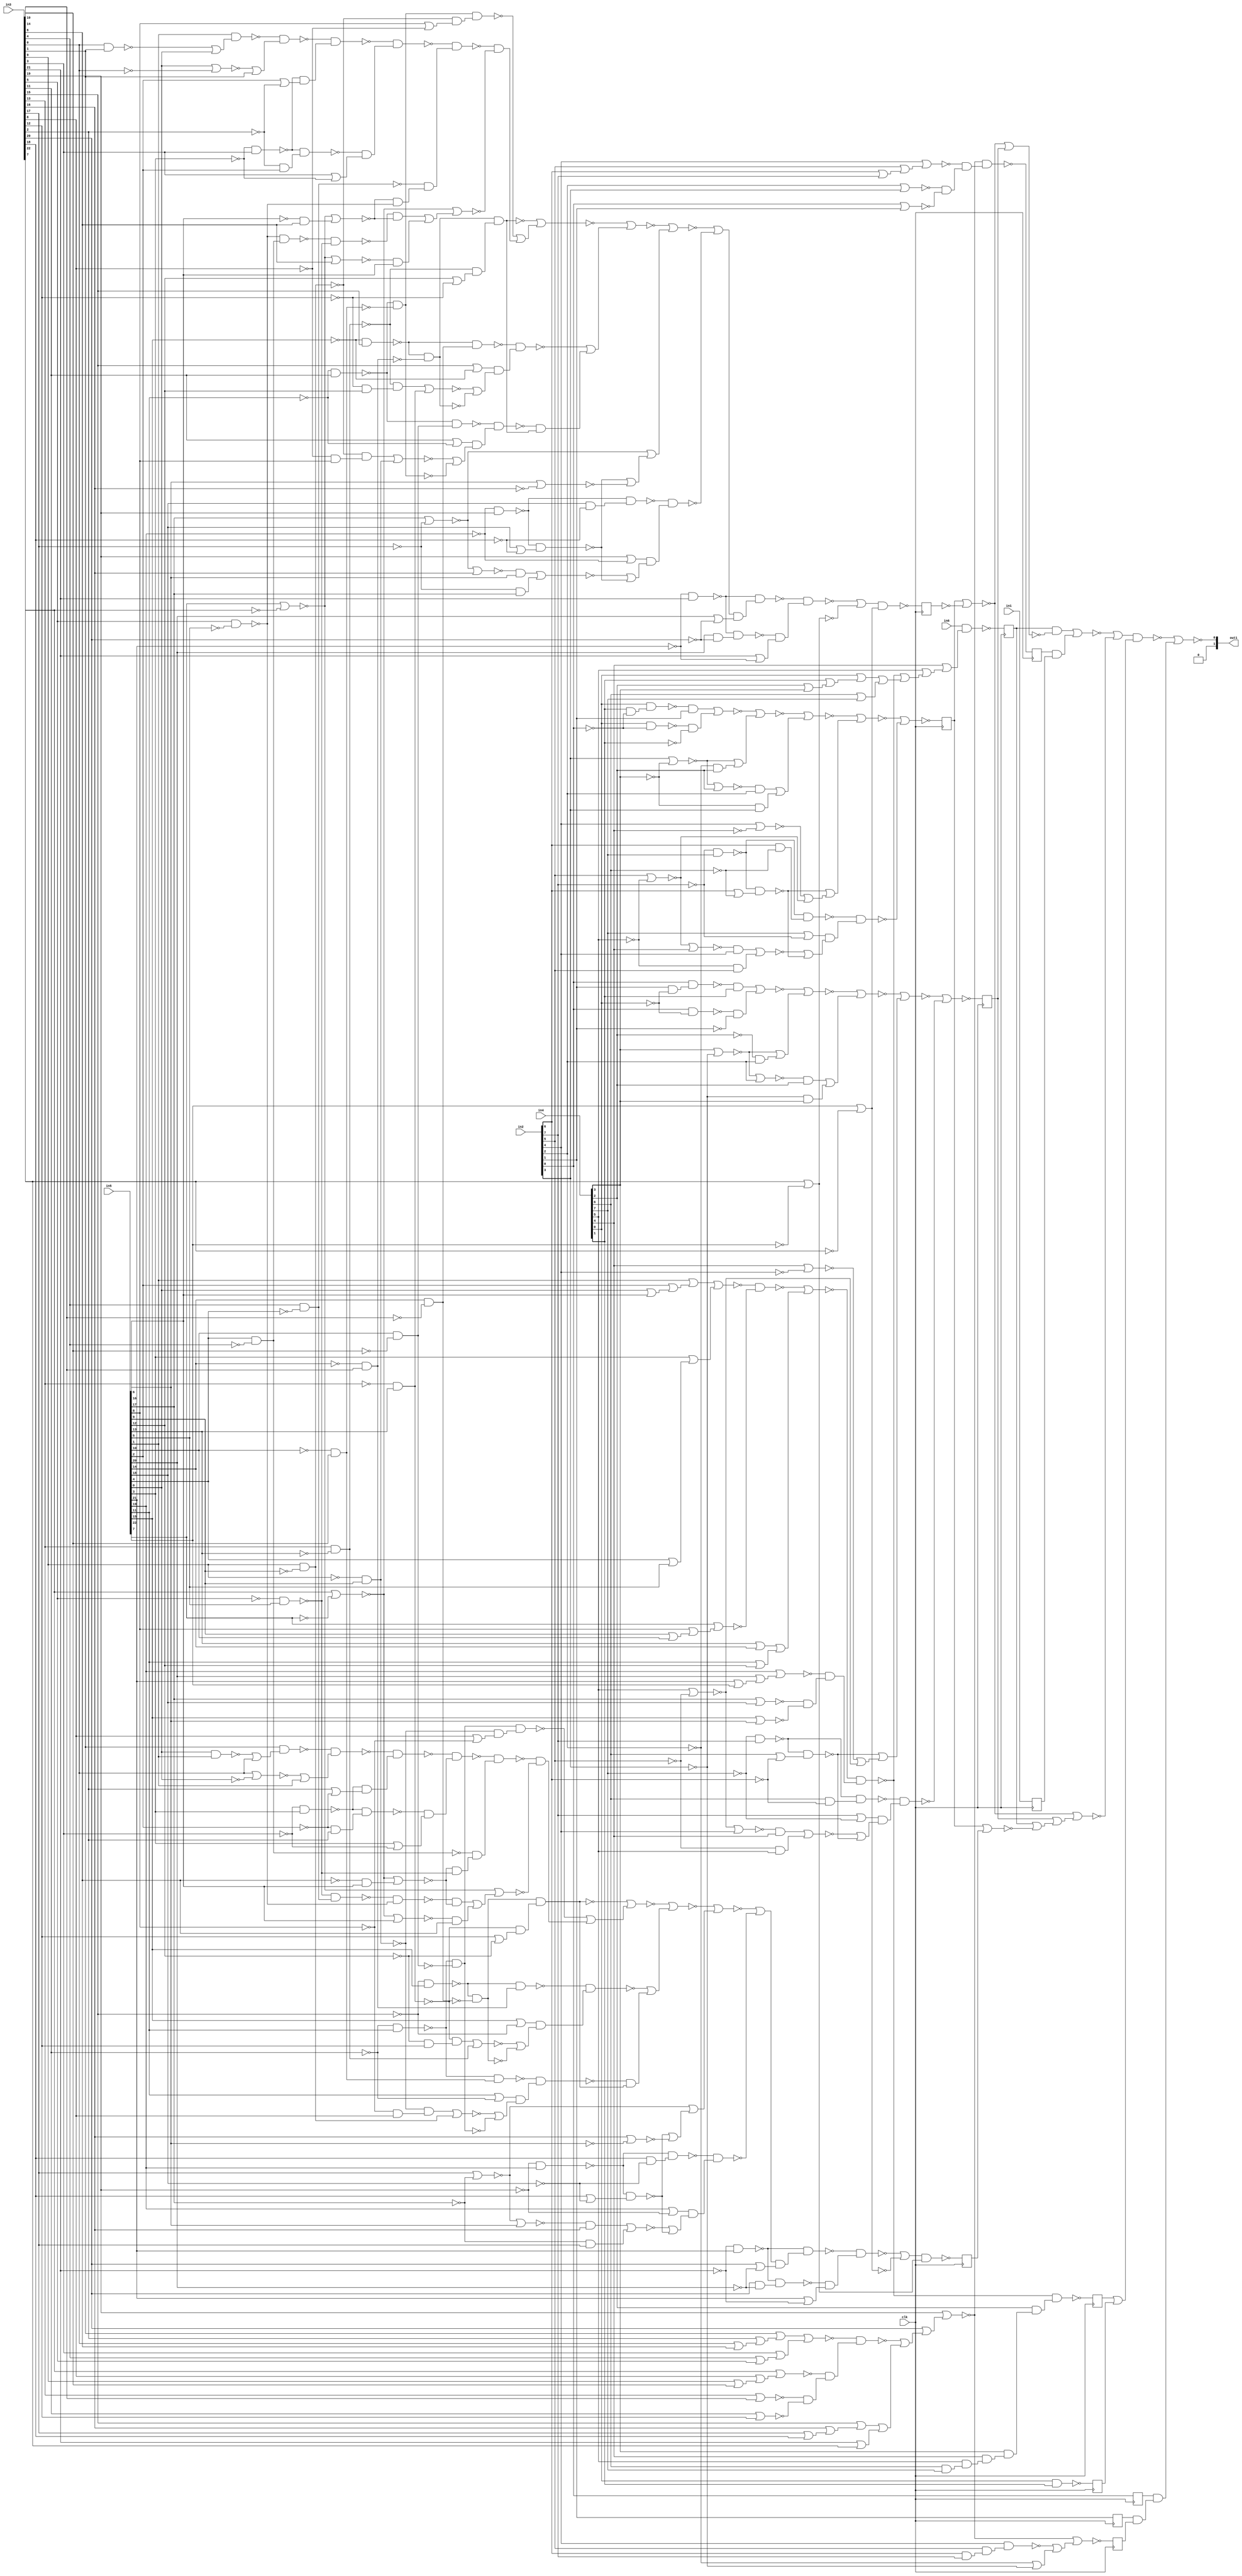
`timescale 1ps / 1ps
module fp_cmp_cynw_cm_float_ltle_4_1(
          in1,
          in2,
          in3,
          in4,
          in5,
          in6,
          out1,
          clk
);
   input in1;
   input [7:0] in2;
   input [22:0] in3;
   input [7:0] in4;
   input [22:0] in5;
   input in6;
   output [1:0] out1;
   input clk;
wire asc021, gt_90_21_n_0, gt_90_21_n_1, gt_90_21_n_2, gt_90_21_n_3,
     gt_90_21_n_4, gt_90_21_n_5, gt_90_21_n_6, gt_90_21_n_7, gt_90_21_n_8,
     gt_90_21_n_9, gt_90_21_n_10, gt_90_21_n_11, gt_90_21_n_12, gt_90_21_n_13,
     gt_90_21_n_14, gt_90_21_n_15, gt_90_21_n_16, gt_90_21_n_17, gt_90_21_n_18,
     gt_90_21_n_19, gt_90_21_n_20, gt_90_21_n_21, gt_92_21_n_0, gt_92_21_n_1,
     gt_92_21_n_2, gt_92_21_n_3, gt_92_21_n_4, gt_92_21_n_5, gt_92_21_n_6,
     gt_92_21_n_7, gt_92_21_n_8, gt_92_21_n_9, gt_92_21_n_10, gt_92_21_n_11,
     gt_92_21_n_12, gt_92_21_n_13, gt_92_21_n_14, gt_92_21_n_15, gt_92_21_n_16,
     gt_92_21_n_17, gt_92_21_n_18, gt_92_21_n_19, gt_92_21_n_20, gt_92_21_n_21,
     gt_94_21_n_0, gt_94_21_n_1, gt_94_21_n_2, gt_94_21_n_3, gt_94_21_n_4,
     gt_94_21_n_5, gt_94_21_n_6, gt_94_21_n_7, gt_94_21_n_8, gt_94_21_n_9,
     gt_94_21_n_10, gt_94_21_n_11, gt_94_21_n_12, gt_94_21_n_13, gt_94_21_n_14,
     gt_94_21_n_15, gt_94_21_n_16, gt_94_21_n_17, gt_94_21_n_18, gt_94_21_n_19,
     gt_94_21_n_20, gt_94_21_n_21, gt_94_21_n_22, gt_94_21_n_24, gt_94_21_n_25,
     gt_94_21_n_26, gt_94_21_n_27, gt_94_21_n_28, gt_94_21_n_29, gt_94_21_n_31,
     gt_94_21_n_32, gt_94_21_n_33, gt_94_21_n_34, gt_94_21_n_35, gt_94_21_n_36,
     gt_94_21_n_37, gt_94_21_n_38, gt_94_21_n_39, gt_94_21_n_40, gt_94_21_n_41,
     gt_94_21_n_42, gt_94_21_n_43, gt_94_21_n_44, gt_94_21_n_45, gt_94_21_n_46,
     gt_94_21_n_47, gt_94_21_n_48, gt_94_21_n_49, gt_94_21_n_50, gt_94_21_n_51,
     gt_94_21_n_52, gt_94_21_n_53, gt_94_21_n_54, gt_94_21_n_55, gt_94_21_n_56,
     gt_94_21_n_57, gt_94_21_n_58, gt_94_21_n_59, gt_94_21_n_60, gt_94_21_n_61,
     gt_94_21_n_62, gt_94_21_n_63, gt_94_21_n_64, gt_94_21_n_65, gt_94_21_n_66,
     gt_94_21_n_67, gt_94_21_n_68, gt_96_21_n_0, gt_96_21_n_1, gt_96_21_n_2,
     gt_96_21_n_3, gt_96_21_n_4, gt_96_21_n_5, gt_96_21_n_6, gt_96_21_n_7,
     gt_96_21_n_8, gt_96_21_n_9, gt_96_21_n_10, gt_96_21_n_11, gt_96_21_n_12,
     gt_96_21_n_13, gt_96_21_n_14, gt_96_21_n_15, gt_96_21_n_16, gt_96_21_n_17,
     gt_96_21_n_18, gt_96_21_n_19, gt_96_21_n_20, gt_96_21_n_21, gt_96_21_n_22,
     gt_96_21_n_24, gt_96_21_n_25, gt_96_21_n_26, gt_96_21_n_27, gt_96_21_n_28,
     gt_96_21_n_29, gt_96_21_n_31, gt_96_21_n_32, gt_96_21_n_33, gt_96_21_n_34,
     gt_96_21_n_35, gt_96_21_n_36, gt_96_21_n_37, gt_96_21_n_38, gt_96_21_n_39,
     gt_96_21_n_40, gt_96_21_n_41, gt_96_21_n_42, gt_96_21_n_43, gt_96_21_n_44,
     gt_96_21_n_45, gt_96_21_n_46, gt_96_21_n_47, gt_96_21_n_48, gt_96_21_n_49,
     gt_96_21_n_50, gt_96_21_n_51, gt_96_21_n_52, gt_96_21_n_53, gt_96_21_n_54,
     gt_96_21_n_55, gt_96_21_n_56, gt_96_21_n_57, gt_96_21_n_58, gt_96_21_n_59,
     gt_96_21_n_60, gt_96_21_n_61, gt_96_21_n_62, gt_96_21_n_63, gt_96_21_n_64,
     gt_96_21_n_65, gt_96_21_n_66, gt_96_21_n_67, gt_96_21_n_68, n_1, n_2, n_3,
     n_4, n_5, n_6, n_7, n_8, n_9, n_10, n_11, n_12, clk, in6, in1, n_16, n_17,
     n_18, n_19, n_20, n_21, n_22, n_23, n_24, n_25, n_26, n_27, n_28, n_29,
     n_30, n_31, n_32, n_33, n_34, n_35, n_36, n_37, n_38, n_39, n_40, n_41,
     n_42, n_43, n_44, n_45, n_46, n_48, n_49, n_50, n_51, n_52, n_53, n_54,
     n_55, n_56, n_57, n_58, n_59;
assign {out1[0]} = asc021;
 reg retime_s1_1_reg_reg_N30;
 always @(posedge clk)
         retime_s1_1_reg_reg_N30 <= n_17;
 assign n_12 = retime_s1_1_reg_reg_N30;
 reg retime_s1_6_reg_reg_N30;
 always @(posedge clk)
         retime_s1_6_reg_reg_N30 <= n_24;
 assign n_7 = retime_s1_6_reg_reg_N30;
 reg retime_s1_7_reg_reg_N30;
 always @(posedge clk)
         retime_s1_7_reg_reg_N30 <= n_19;
 assign n_6 = retime_s1_7_reg_reg_N30;
 reg retime_s1_8_reg_reg_N30;
 always @(posedge clk)
         retime_s1_8_reg_reg_N30 <= n_18;
 assign n_5 = retime_s1_8_reg_reg_N30;
 reg retime_s1_9_reg_reg_N30;
 always @(posedge clk)
         retime_s1_9_reg_reg_N30 <= {in2[1]};
 assign n_4 = retime_s1_9_reg_reg_N30;
 reg retime_s1_10_reg_reg_N30;
 always @(posedge clk)
         retime_s1_10_reg_reg_N30 <= {in2[0]};
 assign n_3 = retime_s1_10_reg_reg_N30;
 reg retime_s1_11_reg_reg_N30;
 always @(posedge clk)
         retime_s1_11_reg_reg_N30 <= n_50;
 assign n_2 = retime_s1_11_reg_reg_N30;
 reg retime_s1_12_reg_reg_N30;
 always @(posedge clk)
         retime_s1_12_reg_reg_N30 <= in1;
 assign n_1 = retime_s1_12_reg_reg_N30;
 reg retime_s1_5_reg_reg_N30;
 always @(posedge clk)
         retime_s1_5_reg_reg_N30 <= n_25;
 assign n_8 = retime_s1_5_reg_reg_N30;
 reg retime_s1_2_reg_reg_N30;
 always @(posedge clk)
         retime_s1_2_reg_reg_N30 <= n_16;
 assign n_11 = retime_s1_2_reg_reg_N30;
 reg retime_s1_3_reg_reg_N30;
 always @(posedge clk)
         retime_s1_3_reg_reg_N30 <= n_23;
 assign n_10 = retime_s1_3_reg_reg_N30;
 reg retime_s1_4_reg_reg_N30;
 always @(posedge clk)
         retime_s1_4_reg_reg_N30 <= n_26;
 assign n_9 = retime_s1_4_reg_reg_N30;
 assign asc021 = ~(n_20 | (n_3 & (n_4 & n_9)));
 assign n_20 = ~((n_21 | n_22) & (n_8 | n_2));
 assign n_21 = ~((n_10 & n_42) | (n_7 & n_1));
 assign n_22 = ~(n_48 | (n_11 | (n_10 | n_57)));
 assign n_23 = ~(in6 & ({in4[4]} | ({in4[5]} | n_27)));
 assign n_24 = ~(n_28 & (n_40 & (n_51 & n_54)));
 assign n_25 = ~(n_29 & ({in4[2]} & ({in4[3]} & ~n_39)));
 assign n_26 = ~(n_28 | (n_38 | (~{in2[2]} | ~{in2[3]})));
 assign n_27 = (n_29 | (n_41 | ({in4[6]} | {in4[7]})));
 assign n_28 = ~({in3[19]} | ({in3[20]} | ~n_30));
 assign n_29 = ~(n_32 & (n_44 & (n_55 & n_52)));
 assign n_30 = ~(n_31 | (n_46 | ({in3[21]} | {in3[22]})));
 assign n_31 = ~(n_34 & (n_45 & (n_53 & n_49)));
 assign n_32 = ~(n_33 | (n_56 | ({in5[11]} | {in5[12]})));
 assign n_33 = ~(n_35 & n_43);
 assign n_34 = ~(n_37 | ({in3[3]} | ({in3[4]} | {in3[5]})));
 assign n_35 = ~(n_36 | ({in5[3]} | ({in5[4]} | {in5[5]})));
 assign n_36 = ({in5[1]} | ({in5[2]} | ({in5[0]} | {in5[6]})));
 assign n_37 = ({in3[1]} | ({in3[2]} | ({in3[0]} | {in3[6]})));
 assign n_38 = ~({in2[4]} & ({in2[5]} & ({in2[6]} & {in2[7]})));
 assign n_39 = ~({in4[4]} & ({in4[5]} & ({in4[6]} & {in4[7]})));
 assign n_40 = ~({in2[4]} | ({in2[5]} | ({in2[6]} | {in2[7]})));
 assign n_41 = ({in4[0]} | ({in4[1]} | ({in4[2]} | {in4[3]})));
 assign n_42 = ~(n_48 | n_11);
 assign n_43 = ~({in5[7]} | ({in5[8]} | ({in5[9]} | {in5[10]})));
 assign n_44 = ~({in5[19]} | ({in5[20]} | ({in5[21]} | {in5[22]})));
 assign n_45 = ~({in3[7]} | ({in3[8]} | ({in3[9]} | {in3[10]})));
 assign n_46 = ({in3[15]} | ({in3[16]} | ({in3[17]} | {in3[18]})));
 assign n_48 = ~(n_12 | ~n_5);
 assign n_49 = ~({in3[11]} | {in3[12]});
 assign n_50 = ~({in4[0]} & {in4[1]});
 assign n_51 = ~({in2[2]} | {in2[3]});
 assign n_52 = ~({in5[15]} | {in5[16]});
 assign n_53 = ~({in3[13]} | {in3[14]});
 assign n_54 = ~({in2[0]} | {in2[1]});
 assign n_55 = ~({in5[17]} | {in5[18]});
 assign n_56 = ({in5[13]} | {in5[14]});
 assign n_16 = ~(gt_90_21_n_21 | gt_90_21_n_19);
 assign gt_90_21_n_21 = ~(gt_90_21_n_20 | (gt_90_21_n_11 | (gt_90_21_n_7 | gt_90_21_n_9)));
 assign gt_90_21_n_20 = ~(gt_90_21_n_18 | ((gt_90_21_n_13 & {in4[2]}) | (gt_90_21_n_5 & {in4[3]})));
 assign gt_90_21_n_19 = ~(gt_90_21_n_15 & (({in2[7]} | gt_90_21_n_4) & (gt_90_21_n_16 | gt_90_21_n_11)));
 assign gt_90_21_n_18 = ~(gt_90_21_n_17 | (gt_90_21_n_10 | (gt_90_21_n_3 & {in2[2]})));
 assign gt_90_21_n_17 = ~((gt_90_21_n_12 & {in4[1]}) | (gt_90_21_n_8 & gt_90_21_n_2));
 assign gt_90_21_n_16 = ~((gt_90_21_n_14 & {in4[4]}) | (gt_90_21_n_1 & {in4[5]}));
 assign gt_90_21_n_15 = ~(gt_90_21_n_6 & ({in4[6]} & ~{in2[6]}));
 assign gt_90_21_n_14 = ~(gt_90_21_n_9 | {in2[4]});
 assign gt_90_21_n_13 = ~(gt_90_21_n_10 | {in2[2]});
 assign gt_90_21_n_12 = ~({in2[0]} & ({in2[1]} & ~{in4[0]}));
 assign gt_90_21_n_11 = ~(gt_90_21_n_6 & ({in4[6]} | gt_90_21_n_0));
 assign gt_90_21_n_10 = ~({in4[3]} | gt_90_21_n_5);
 assign gt_90_21_n_9 = ~({in4[5]} | gt_90_21_n_1);
 assign gt_90_21_n_8 = ~({in2[0]} & ~{in4[0]});
 assign gt_90_21_n_7 = ~({in4[4]} | ~{in2[4]});
 assign gt_90_21_n_6 = ~(gt_90_21_n_4 & {in2[7]});
 assign gt_90_21_n_5 = ~{in2[3]};
 assign gt_90_21_n_4 = ~{in4[7]};
 assign gt_90_21_n_3 = ~{in4[2]};
 assign gt_90_21_n_2 = ~{in2[1]};
 assign gt_90_21_n_1 = ~{in2[5]};
 assign gt_90_21_n_0 = ~{in2[6]};
 assign n_17 = ~(gt_92_21_n_21 | gt_92_21_n_19);
 assign gt_92_21_n_21 = ~(gt_92_21_n_20 | (gt_92_21_n_11 | (gt_92_21_n_7 | gt_92_21_n_9)));
 assign gt_92_21_n_20 = ~(gt_92_21_n_18 | ((gt_92_21_n_13 & {in2[2]}) | (gt_92_21_n_5 & {in2[3]})));
 assign gt_92_21_n_19 = ~(gt_92_21_n_15 & (({in4[7]} | gt_92_21_n_4) & (gt_92_21_n_16 | gt_92_21_n_11)));
 assign gt_92_21_n_18 = ~(gt_92_21_n_17 | (gt_92_21_n_10 | (gt_92_21_n_3 & {in4[2]})));
 assign gt_92_21_n_17 = ~((gt_92_21_n_12 & {in2[1]}) | (gt_92_21_n_8 & gt_92_21_n_2));
 assign gt_92_21_n_16 = ~((gt_92_21_n_14 & {in2[4]}) | (gt_92_21_n_1 & {in2[5]}));
 assign gt_92_21_n_15 = ~(gt_92_21_n_6 & ({in2[6]} & ~{in4[6]}));
 assign gt_92_21_n_14 = ~(gt_92_21_n_9 | {in4[4]});
 assign gt_92_21_n_13 = ~(gt_92_21_n_10 | {in4[2]});
 assign gt_92_21_n_12 = ~({in4[0]} & ({in4[1]} & ~{in2[0]}));
 assign gt_92_21_n_11 = ~(gt_92_21_n_6 & ({in2[6]} | gt_92_21_n_0));
 assign gt_92_21_n_10 = ~({in2[3]} | gt_92_21_n_5);
 assign gt_92_21_n_9 = ~({in2[5]} | gt_92_21_n_1);
 assign gt_92_21_n_8 = ~({in4[0]} & ~{in2[0]});
 assign gt_92_21_n_7 = ~({in2[4]} | ~{in4[4]});
 assign gt_92_21_n_6 = ~(gt_92_21_n_4 & {in4[7]});
 assign gt_92_21_n_5 = ~{in4[3]};
 assign gt_92_21_n_4 = ~{in2[7]};
 assign gt_92_21_n_3 = ~{in2[2]};
 assign gt_92_21_n_2 = ~{in4[1]};
 assign gt_92_21_n_1 = ~{in4[5]};
 assign gt_92_21_n_0 = ~{in4[6]};
 assign n_18 = ~((gt_94_21_n_68 | gt_94_21_n_18) & ({in5[22]} | gt_94_21_n_7));
 assign gt_94_21_n_68 = ~(gt_94_21_n_67 & (gt_94_21_n_45 & ({in3[21]} | gt_94_21_n_2)));
 assign gt_94_21_n_67 = ~(gt_94_21_n_25 & ((gt_94_21_n_66 | gt_94_21_n_60) & ({in5[20]} | gt_94_21_n_6)));
 assign gt_94_21_n_66 = ~(gt_94_21_n_65 | (gt_94_21_n_31 | (gt_94_21_n_39 | gt_94_21_n_27)));
 assign gt_94_21_n_65 = ~(gt_94_21_n_64 | (gt_94_21_n_59 | (gt_94_21_n_61 & gt_94_21_n_51)));
 assign gt_94_21_n_64 = ~(gt_94_21_n_50 | (gt_94_21_n_49 | (gt_94_21_n_63 & gt_94_21_n_58)));
 assign gt_94_21_n_63 = ~(gt_94_21_n_62 & (gt_94_21_n_28 & (gt_94_21_n_34 & gt_94_21_n_22)));
 assign gt_94_21_n_62 = ~(gt_94_21_n_57 & (gt_94_21_n_46 & ({in3[3]} | gt_94_21_n_16)));
 assign gt_94_21_n_61 = ~(gt_94_21_n_47 & (({in3[11]} | gt_94_21_n_10) & (gt_94_21_n_54 | gt_94_21_n_37)));
 assign gt_94_21_n_60 = ~(gt_94_21_n_43 & (({in3[19]} | gt_94_21_n_1) & (gt_94_21_n_55 | gt_94_21_n_39)));
 assign gt_94_21_n_59 = ~(gt_94_21_n_44 & (({in3[15]} | gt_94_21_n_13) & (gt_94_21_n_53 | gt_94_21_n_35)));
 assign gt_94_21_n_58 = ~(n_58 | ((gt_94_21_n_52 & gt_94_21_n_34) | (gt_94_21_n_40 & {in5[6]})));
 assign gt_94_21_n_57 = ~(gt_94_21_n_56 & (gt_94_21_n_32 & ({in5[2]} | gt_94_21_n_17)));
 assign gt_94_21_n_56 = ~(gt_94_21_n_48 & (gt_94_21_n_29 | {in3[1]}));
 assign gt_94_21_n_55 = ~((gt_94_21_n_41 & {in5[16]}) | (gt_94_21_n_4 & {in5[17]}));
 assign gt_94_21_n_54 = ~((gt_94_21_n_33 & (gt_94_21_n_8 & {in5[8]})) | (gt_94_21_n_12 & {in5[9]}));
 assign gt_94_21_n_53 = ~((gt_94_21_n_19 & (gt_94_21_n_11 & {in5[12]})) | (gt_94_21_n_0 & {in5[13]}));
 assign gt_94_21_n_52 = ~(gt_94_21_n_42 & ~(gt_94_21_n_3 & {in5[5]}));
 assign gt_94_21_n_51 = ~gt_94_21_n_50;
 assign gt_94_21_n_50 = ~(gt_94_21_n_36 & (gt_94_21_n_19 & ({in5[12]} | gt_94_21_n_11)));
 assign gt_94_21_n_49 = ~(gt_94_21_n_38 & (gt_94_21_n_33 & ({in5[8]} | gt_94_21_n_8)));
 assign gt_94_21_n_48 = ~({in5[1]} & (gt_94_21_n_26 | {in5[0]}));
 assign gt_94_21_n_47 = ~(gt_94_21_n_21 & ({in5[10]} & ~{in3[10]}));
 assign gt_94_21_n_46 = ~(gt_94_21_n_32 & (gt_94_21_n_17 & {in5[2]}));
 assign gt_94_21_n_45 = ~(gt_94_21_n_25 & ({in5[20]} & ~{in3[20]}));
 assign gt_94_21_n_44 = ~(gt_94_21_n_20 & ({in5[14]} & ~{in3[14]}));
 assign gt_94_21_n_43 = ~(gt_94_21_n_24 & ({in5[18]} & ~{in3[18]}));
 assign gt_94_21_n_42 = ~(gt_94_21_n_22 & ({in5[4]} & ~{in3[4]}));
 assign gt_94_21_n_41 = ~(gt_94_21_n_31 | {in3[16]});
 assign gt_94_21_n_40 = ~(n_59 | {in3[6]});
 assign gt_94_21_n_39 = ~(gt_94_21_n_24 & ({in5[18]} | gt_94_21_n_9));
 assign gt_94_21_n_38 = ~gt_94_21_n_37;
 assign gt_94_21_n_37 = ~(gt_94_21_n_21 & ~(gt_94_21_n_5 & {in3[10]}));
 assign gt_94_21_n_36 = ~gt_94_21_n_35;
 assign gt_94_21_n_35 = ~(gt_94_21_n_20 & ~(gt_94_21_n_14 & {in3[14]}));
 assign gt_94_21_n_34 = ~(n_59 | (gt_94_21_n_15 & {in3[6]}));
 assign gt_94_21_n_29 = ~({in5[0]} | ~{in3[0]});
 assign gt_94_21_n_28 = ~({in3[4]} & ~{in5[4]});
 assign gt_94_21_n_27 = ~({in5[16]} | ~{in3[16]});
 assign gt_94_21_n_26 = ~({in3[0]} & {in3[1]});
 assign gt_94_21_n_33 = ~({in3[9]} & ~{in5[9]});
 assign gt_94_21_n_32 = ~(gt_94_21_n_16 & {in3[3]});
 assign gt_94_21_n_31 = ~({in5[17]} | gt_94_21_n_4);
 assign gt_94_21_n_18 = ~({in3[22]} | ~{in5[22]});
 assign gt_94_21_n_25 = ~(gt_94_21_n_2 & {in3[21]});
 assign gt_94_21_n_24 = ~(gt_94_21_n_1 & {in3[19]});
 assign gt_94_21_n_22 = ~({in3[5]} & ~{in5[5]});
 assign gt_94_21_n_21 = ~(gt_94_21_n_10 & {in3[11]});
 assign gt_94_21_n_20 = ~(gt_94_21_n_13 & {in3[15]});
 assign gt_94_21_n_19 = ~({in3[13]} & ~{in5[13]});
 assign gt_94_21_n_17 = ~{in3[2]};
 assign gt_94_21_n_16 = ~{in5[3]};
 assign gt_94_21_n_15 = ~{in5[6]};
 assign gt_94_21_n_14 = ~{in5[14]};
 assign gt_94_21_n_13 = ~{in5[15]};
 assign gt_94_21_n_12 = ~{in3[9]};
 assign gt_94_21_n_11 = ~{in3[12]};
 assign gt_94_21_n_10 = ~{in5[11]};
 assign gt_94_21_n_9 = ~{in3[18]};
 assign gt_94_21_n_8 = ~{in3[8]};
 assign gt_94_21_n_7 = ~{in3[22]};
 assign gt_94_21_n_6 = ~{in3[20]};
 assign gt_94_21_n_5 = ~{in5[10]};
 assign gt_94_21_n_4 = ~{in3[17]};
 assign gt_94_21_n_3 = ~{in3[5]};
 assign gt_94_21_n_2 = ~{in5[21]};
 assign gt_94_21_n_1 = ~{in5[19]};
 assign gt_94_21_n_0 = ~{in3[13]};
 assign n_19 = ~((gt_96_21_n_68 | gt_96_21_n_18) & ({in3[22]} | gt_96_21_n_7));
 assign gt_96_21_n_68 = ~(gt_96_21_n_67 & (gt_96_21_n_45 & ({in5[21]} | gt_96_21_n_2)));
 assign gt_96_21_n_67 = ~(gt_96_21_n_25 & ((gt_96_21_n_66 | gt_96_21_n_60) & ({in3[20]} | gt_96_21_n_6)));
 assign gt_96_21_n_66 = ~(gt_96_21_n_65 | (gt_96_21_n_31 | (gt_96_21_n_39 | gt_96_21_n_27)));
 assign gt_96_21_n_65 = ~(gt_96_21_n_64 | (gt_96_21_n_59 | (gt_96_21_n_61 & gt_96_21_n_51)));
 assign gt_96_21_n_64 = ~(gt_96_21_n_50 | (gt_96_21_n_49 | (gt_96_21_n_63 & gt_96_21_n_58)));
 assign gt_96_21_n_63 = ~(gt_96_21_n_62 & (gt_96_21_n_28 & (gt_96_21_n_34 & gt_96_21_n_22)));
 assign gt_96_21_n_62 = ~(gt_96_21_n_57 & (gt_96_21_n_46 & ({in5[3]} | gt_96_21_n_16)));
 assign gt_96_21_n_61 = ~(gt_96_21_n_47 & (({in5[11]} | gt_96_21_n_10) & (gt_96_21_n_54 | gt_96_21_n_37)));
 assign gt_96_21_n_60 = ~(gt_96_21_n_43 & (({in5[19]} | gt_96_21_n_1) & (gt_96_21_n_55 | gt_96_21_n_39)));
 assign gt_96_21_n_59 = ~(gt_96_21_n_44 & (({in5[15]} | gt_96_21_n_13) & (gt_96_21_n_53 | gt_96_21_n_35)));
 assign gt_96_21_n_58 = ~(n_59 | ((gt_96_21_n_52 & gt_96_21_n_34) | (gt_96_21_n_40 & {in3[6]})));
 assign gt_96_21_n_57 = ~(gt_96_21_n_56 & (gt_96_21_n_32 & ({in3[2]} | gt_96_21_n_17)));
 assign gt_96_21_n_56 = ~(gt_96_21_n_48 & (gt_96_21_n_29 | {in5[1]}));
 assign gt_96_21_n_55 = ~((gt_96_21_n_41 & {in3[16]}) | (gt_96_21_n_4 & {in3[17]}));
 assign gt_96_21_n_54 = ~((gt_96_21_n_33 & (gt_96_21_n_8 & {in3[8]})) | (gt_96_21_n_12 & {in3[9]}));
 assign gt_96_21_n_53 = ~((gt_96_21_n_19 & (gt_96_21_n_11 & {in3[12]})) | (gt_96_21_n_0 & {in3[13]}));
 assign gt_96_21_n_52 = ~(gt_96_21_n_42 & ~(gt_96_21_n_3 & {in3[5]}));
 assign gt_96_21_n_51 = ~gt_96_21_n_50;
 assign gt_96_21_n_50 = ~(gt_96_21_n_36 & (gt_96_21_n_19 & ({in3[12]} | gt_96_21_n_11)));
 assign gt_96_21_n_49 = ~(gt_96_21_n_38 & (gt_96_21_n_33 & ({in3[8]} | gt_96_21_n_8)));
 assign gt_96_21_n_48 = ~({in3[1]} & (gt_96_21_n_26 | {in3[0]}));
 assign gt_96_21_n_47 = ~(gt_96_21_n_21 & ({in3[10]} & ~{in5[10]}));
 assign gt_96_21_n_46 = ~(gt_96_21_n_32 & (gt_96_21_n_17 & {in3[2]}));
 assign gt_96_21_n_45 = ~(gt_96_21_n_25 & ({in3[20]} & ~{in5[20]}));
 assign gt_96_21_n_44 = ~(gt_96_21_n_20 & ({in3[14]} & ~{in5[14]}));
 assign gt_96_21_n_43 = ~(gt_96_21_n_24 & ({in3[18]} & ~{in5[18]}));
 assign gt_96_21_n_42 = ~(gt_96_21_n_22 & ({in3[4]} & ~{in5[4]}));
 assign gt_96_21_n_41 = ~(gt_96_21_n_31 | {in5[16]});
 assign gt_96_21_n_40 = ~(n_58 | {in5[6]});
 assign gt_96_21_n_39 = ~(gt_96_21_n_24 & ({in3[18]} | gt_96_21_n_9));
 assign gt_96_21_n_38 = ~gt_96_21_n_37;
 assign gt_96_21_n_37 = ~(gt_96_21_n_21 & ~(gt_96_21_n_5 & {in5[10]}));
 assign gt_96_21_n_36 = ~gt_96_21_n_35;
 assign gt_96_21_n_35 = ~(gt_96_21_n_20 & ~(gt_96_21_n_14 & {in5[14]}));
 assign gt_96_21_n_34 = ~(n_58 | (gt_96_21_n_15 & {in5[6]}));
 assign gt_96_21_n_29 = ~({in3[0]} | ~{in5[0]});
 assign gt_96_21_n_28 = ~({in5[4]} & ~{in3[4]});
 assign gt_96_21_n_27 = ~({in3[16]} | ~{in5[16]});
 assign gt_96_21_n_26 = ~({in5[0]} & {in5[1]});
 assign gt_96_21_n_33 = ~({in5[9]} & ~{in3[9]});
 assign gt_96_21_n_32 = ~(gt_96_21_n_16 & {in5[3]});
 assign gt_96_21_n_31 = ~({in3[17]} | gt_96_21_n_4);
 assign gt_96_21_n_18 = ~({in5[22]} | ~{in3[22]});
 assign gt_96_21_n_25 = ~(gt_96_21_n_2 & {in5[21]});
 assign gt_96_21_n_24 = ~(gt_96_21_n_1 & {in5[19]});
 assign gt_96_21_n_22 = ~({in5[5]} & ~{in3[5]});
 assign gt_96_21_n_21 = ~(gt_96_21_n_10 & {in5[11]});
 assign gt_96_21_n_20 = ~(gt_96_21_n_13 & {in5[15]});
 assign gt_96_21_n_19 = ~({in5[13]} & ~{in3[13]});
 assign gt_96_21_n_17 = ~{in5[2]};
 assign gt_96_21_n_16 = ~{in3[3]};
 assign gt_96_21_n_15 = ~{in3[6]};
 assign gt_96_21_n_14 = ~{in3[14]};
 assign gt_96_21_n_13 = ~{in3[15]};
 assign gt_96_21_n_12 = ~{in5[9]};
 assign gt_96_21_n_11 = ~{in5[12]};
 assign gt_96_21_n_10 = ~{in3[11]};
 assign gt_96_21_n_9 = ~{in5[18]};
 assign gt_96_21_n_8 = ~{in5[8]};
 assign gt_96_21_n_7 = ~{in5[22]};
 assign gt_96_21_n_6 = ~{in5[20]};
 assign gt_96_21_n_5 = ~{in3[10]};
 assign gt_96_21_n_4 = ~{in5[17]};
 assign gt_96_21_n_3 = ~{in5[5]};
 assign gt_96_21_n_2 = ~{in3[21]};
 assign gt_96_21_n_1 = ~{in3[19]};
 assign gt_96_21_n_0 = ~{in5[13]};
 assign n_57 = ~(n_12 | n_6);
 assign n_58 = ~({in3[7]} | ~{in5[7]});
 assign n_59 = ~({in5[7]} | ~{in3[7]});
assign out1[1] = 1'B0;
endmodule